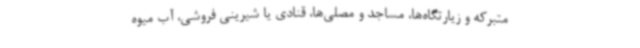
متبرکه و زیارتگاه‌ها، مساجد و مصلی‌ها، قنادی یا شیرینی فروشی، آب میوه